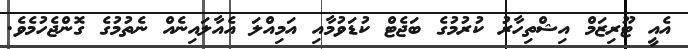
އެއީ ޓޫރިޒަމް އިޝްތިހާރު ކުރުމުގެ ބަޖެޓް ކުޑަވުމާއި އަމިއްލަ އެއާލައިނެއް ނެތުމުގެ ގޮންޖެހުމެވެ.